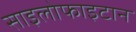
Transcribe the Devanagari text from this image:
साइलोफाइटान